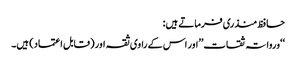
حافظ منذری فرماتے ہیں:
‘‘ورواتہ ثقات’’اور اس کے راوی ثقہ اور (قابل اعتماد) ہیں۔